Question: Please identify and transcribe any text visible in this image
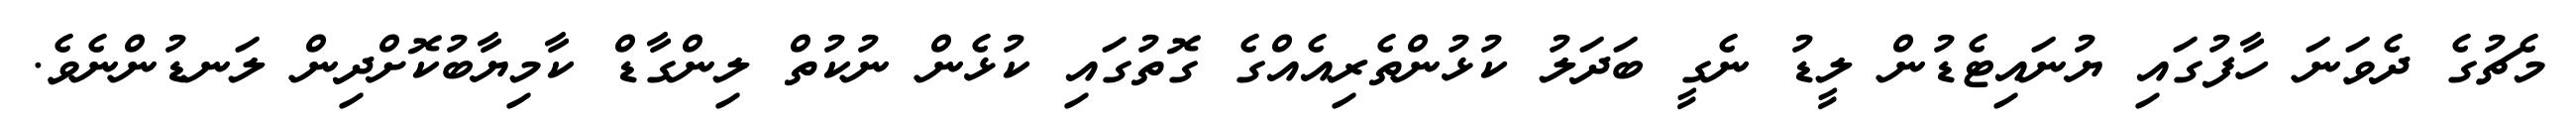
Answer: މެޗުގެ ދެވަނަ ހާފުގައި ޔުނައިޓެޑުން ލީޑު ނެގީ ބަދަލު ކުޅުންތެރިއެއްގެ ގޮތުގައި ކުޅެން ނުކުތް ލިންގާޑް ކާމިޔާބުކޮށްދިން ލަނޑުންނެވެ.